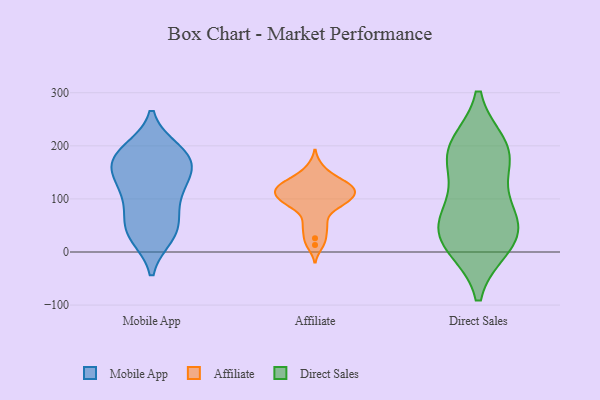
{"axis": {"x": "Inventory Turnover", "y": "Value"}, "legend": ["Affiliate", "Direct Sales", "Mobile App"], "data": [{"x": "", "y": 52, "type": "Mobile App"}, {"x": "", "y": 168, "type": "Mobile App"}, {"x": "", "y": 92, "type": "Mobile App"}, {"x": "", "y": 31, "type": "Mobile App"}, {"x": "", "y": 155, "type": "Mobile App"}, {"x": "", "y": 186, "type": "Mobile App"}, {"x": "", "y": 137, "type": "Mobile App"}, {"x": "", "y": 176, "type": "Mobile App"}, {"x": "", "y": 191, "type": "Mobile App"}, {"x": "", "y": 177, "type": "Mobile App"}, {"x": "", "y": 36, "type": "Mobile App"}, {"x": "", "y": 127, "type": "Mobile App"}, {"x": "", "y": 105, "type": "Mobile App"}, {"x": "", "y": 41, "type": "Mobile App"}, {"x": "", "y": 13, "type": "Affiliate"}, {"x": "", "y": 55, "type": "Affiliate"}, {"x": "", "y": 48, "type": "Affiliate"}, {"x": "", "y": 131, "type": "Affiliate"}, {"x": "", "y": 113, "type": "Affiliate"}, {"x": "", "y": 94, "type": "Affiliate"}, {"x": "", "y": 133, "type": "Affiliate"}, {"x": "", "y": 121, "type": "Affiliate"}, {"x": "", "y": 26, "type": "Affiliate"}, {"x": "", "y": 160, "type": "Affiliate"}, {"x": "", "y": 111, "type": "Affiliate"}, {"x": "", "y": 114, "type": "Affiliate"}, {"x": "", "y": 84, "type": "Affiliate"}, {"x": "", "y": 87, "type": "Affiliate"}, {"x": "", "y": 139, "type": "Affiliate"}, {"x": "", "y": 121, "type": "Affiliate"}, {"x": "", "y": 104, "type": "Affiliate"}, {"x": "", "y": 95, "type": "Affiliate"}, {"x": "", "y": 173, "type": "Direct Sales"}, {"x": "", "y": 12, "type": "Direct Sales"}, {"x": "", "y": 27, "type": "Direct Sales"}, {"x": "", "y": 78, "type": "Direct Sales"}, {"x": "", "y": 195, "type": "Direct Sales"}, {"x": "", "y": 177, "type": "Direct Sales"}, {"x": "", "y": 19, "type": "Direct Sales"}, {"x": "", "y": 46, "type": "Direct Sales"}, {"x": "", "y": 199, "type": "Direct Sales"}, {"x": "", "y": 77, "type": "Direct Sales"}]}